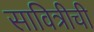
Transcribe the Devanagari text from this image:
सावित्रीची